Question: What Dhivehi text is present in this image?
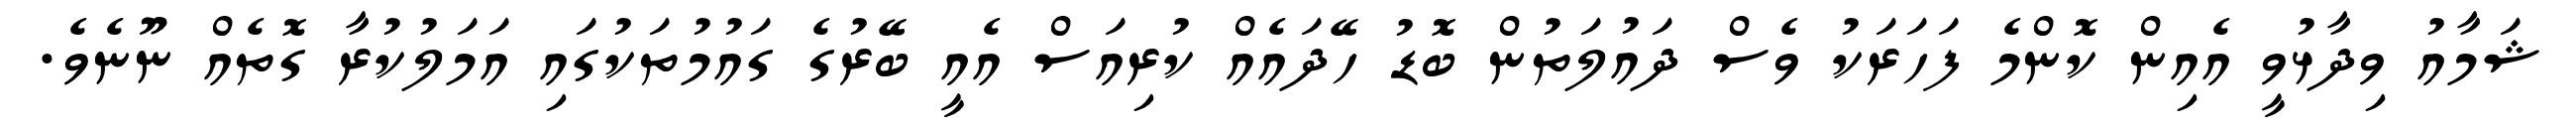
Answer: ޝަމާއު ވިދާޅުވީ އެއިން ކޮންމެ ފަހަރަކު ވެސް ދައުލަތުން ބޮޑު ހޭދައެއް ކުރިއަސް އެއީ ބޭރުގެ ގައުމުތަކުގައި އަމަލުކުރާ ގޮތެއް ނޫނެވެ.